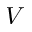
V